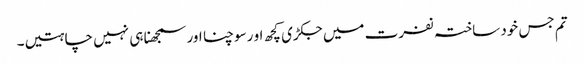
تم جس خود ساختہ نفرت میں جکڑی کچھ او رسوچنا اور سمجھنا ہی نہیں چاہتیں۔